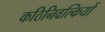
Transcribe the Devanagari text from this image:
कठिनिवल्कियों